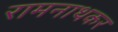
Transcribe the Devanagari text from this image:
रामनाथकर